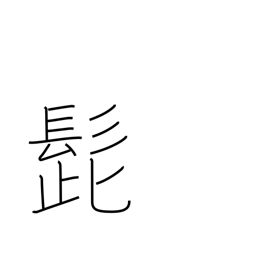
Meaning: mustache